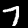
Label: 7